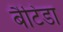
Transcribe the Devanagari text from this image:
बैटिडा